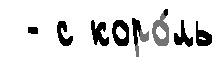
 - с коро́ль